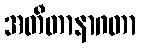
အတီတာနာဂတာ